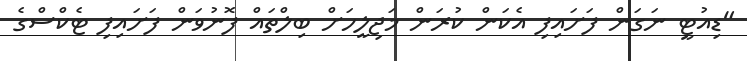
"ޑިއުޓީ ނަގަން ފަށައިފި އެކަން ކުރަން މަޖިލީހަށް ބިލްތައް ފޮނުވަން ފަށައިފި ޓެކްސްގެ